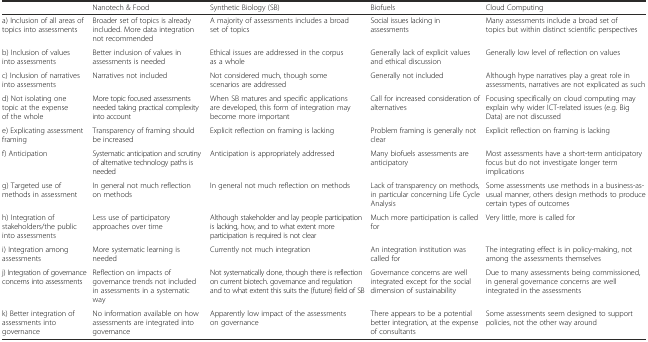
<table><thead><tr><td></td><td><b>Nanotech &amp; Food</b></td><td><b>Synthetic Biology (SB)</b></td><td><b>Biofuels</b></td><td><b>Cloud Computing</b></td></tr></thead><tbody><tr><td>a) Inclusion of all areas of topics into assessments</td><td>Broader set of topics is already included. More data integration not recommended</td><td>A majority of assessments includes a broad set of topics</td><td>Social issues lacking in assessments</td><td>Many assessments include a broad set of topics but within distinct scientific perspectives</td></tr><tr><td>b) Inclusion of values into assessments</td><td>Better inclusion of values in assessments is needed</td><td>Ethical issues are addressed in the corpus as a whole</td><td>Generally lack of explicit values and ethical discussion</td><td>Generally low level of reflection on values</td></tr><tr><td>c) Inclusion of narratives into assessments</td><td>Narratives not included</td><td>Not considered much, though some scenarios are addressed</td><td>Generally not included</td><td>Although hype narratives play a great role in assessments, narratives are not explicated as such</td></tr><tr><td>d) Not isolating one topic at the expense of the whole</td><td>More topic focused assessments needed taking practical complexity into account</td><td>When SB matures and specific applications are developed, this form of integration may become more important</td><td>Call for increased consideration of alternatives</td><td>Focusing specifically on cloud computing may explain why wider ICT-related issues (e.g. Big Data) are not discussed</td></tr><tr><td>e) Explicating assessment framing</td><td>Transparency of framing should be increased</td><td>Explicit reflection on framing is lacking</td><td>Problem framing is generally not clear</td><td>Explicit reflection on framing is lacking</td></tr><tr><td>f) Anticipation</td><td>Systematic anticipation and scrutiny of alternative technology paths is needed</td><td>Anticipation is appropriately addressed</td><td>Many biofuels assessments are anticipatory</td><td>Most assessments have a short-term anticipatory focus but do not investigate longer term implications</td></tr><tr><td>g) Targeted use of methods in assessment</td><td>In general not much reflection on methods</td><td>In general not much reflection on methods</td><td>Lack of transparency on methods, in particular concerning Life Cycle Analysis</td><td>Some assessments use methods in a business-as-usual manner, others design methods to produce certain types of outcomes</td></tr><tr><td>h) Integration of stakeholders/the public into assessments</td><td>Less use of participatory approaches over time</td><td>Although stakeholder and lay people participation is lacking, how, and to what extent more participation is required is not clear</td><td>Much more participation is called for</td><td>Very little, more is called for</td></tr><tr><td>i) Integration among assessments</td><td>More systematic learning is needed</td><td>Currently not much integration</td><td>An integration institution was called for</td><td>The integrating effect is in policy-making, not among the assessments themselves</td></tr><tr><td>j) Integration of governance concerns into assessments</td><td>Reflection on impacts of governance trends not included in assessments in a systematic way</td><td>Not systematically done, though there is reflection on current biotech. governance and regulation and to what extent this suits the (future) field of SB</td><td>Governance concerns are well integrated except for the social dimension of sustainability</td><td>Due to many assessments being commissioned, in general governance concerns are well integrated in the assessments</td></tr><tr><td>k) Better integration of assessments into governance</td><td>No information available on how assessments are integrated into governance</td><td>Apparently low impact of the assessments on governance</td><td>There appears to be a potential better integration, at the expense of consultants</td><td>Some assessments seem designed to support policies, not the other way around</td></tr></tbody></table>